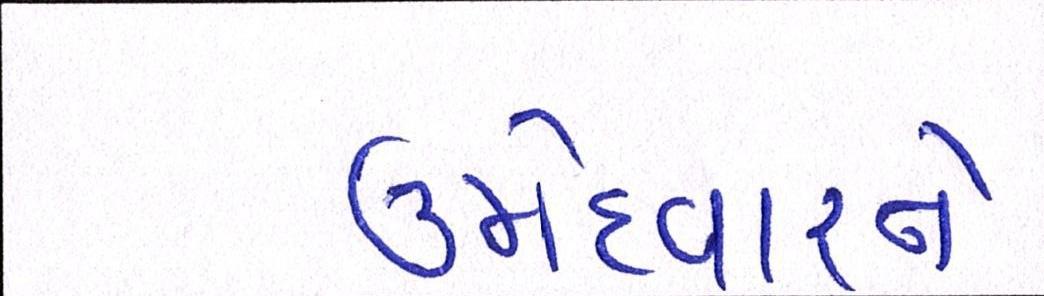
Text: ઉમેદવારને